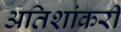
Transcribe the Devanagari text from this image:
अतिशांकरी